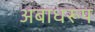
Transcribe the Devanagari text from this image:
अबाधरूप